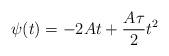
LaTeX: \begin{align*}\psi(t) = -2At + \frac{A\tau}{2} t^{2}\end{align*}